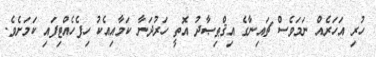
ހުރި އަހަރެއް ނަމަވެސް ޗައިނާގެ އިޤްޠިޞާދު އޮތީ ހަރުދަނާ ކަމާއިއެކު ހިފެހެއްޓިފައި ކަމަށެވެ.